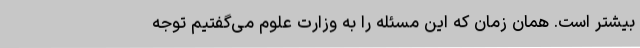
بیشتر است. همان زمان که این مسئله را به وزارت علوم می‌گفتیم توجه